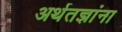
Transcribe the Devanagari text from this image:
अर्थतज्ञांना